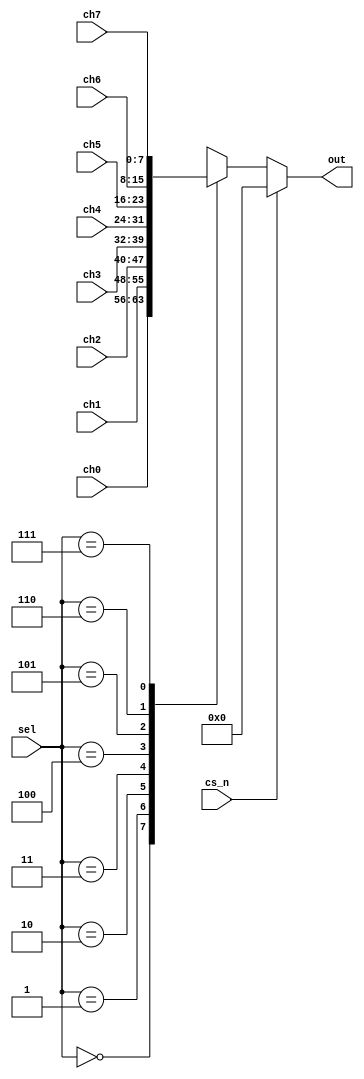
module mux_8channel(
	input wire cs_n,
	input wire [2:0] sel,
	input wire [n-1:0] ch0,
	input wire [n-1:0] ch1,
	input wire [n-1:0] ch2,
	input wire [n-1:0] ch3,
	input wire [n-1:0] ch4,
	input wire [n-1:0] ch5,
	input wire [n-1:0] ch6,
	input wire [n-1:0] ch7,
	output wire [n-1:0] out
);

parameter n = 8;

always @(cs_n or sel or ch0 or ch1 or ch2 or ch3 or ch4 or ch5 or ch6 or ch7)
	begin
		if (cs_n == 1'b1)
			out <= 0;
		else
			case (sel)
			3'b000: out <= ch0;
			3'b001: out <= ch1;
			3'b010: out <= ch2;
			3'b011: out <= ch3;
			3'b100: out <= ch4;
			3'b101: out <= ch5;
			3'b110: out <= ch6;
			3'b111: out <= ch7;
			default: out <= 0;
			endcase
	end
	
endmodule